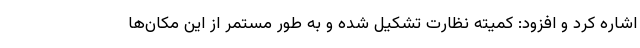
اشاره کرد و افزود: کمیته نظارت تشکیل شده و به طور مستمر از این مکان‌ها